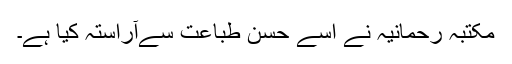
مکتبہ رحمانیہ نے اسے حسن ِطباعت سےآراستہ کیا ہے۔